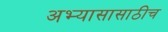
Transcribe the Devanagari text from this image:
अभ्यासासाठीच